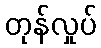
တုန်လှုပ်